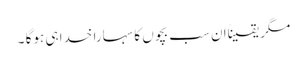
مگر یقیناًان سب بچوں کا سہارا خدا ہی ہوگا ۔